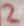
Text: 2